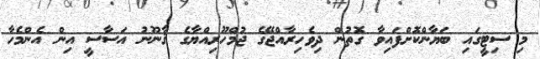
މި ސިޓީގައި ބަޔާންކޮށްފައިވާ ގޮތުން ދިވެހިރާއްޖޭގެ ޖުމްހޫރިއްޔާގެ ޤާނޫނު އަސާސީ އިން އެންމެހާ